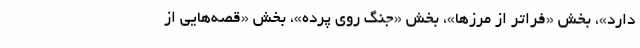
دارد»، بخش «فراتر از مرزها»، بخش «جنگ روی پرده»، بخش «قصه‌هایی از